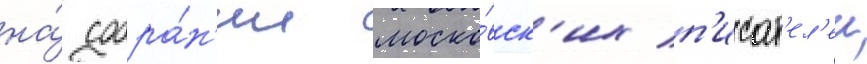
на́ собра́н'ии моско́вск'их п'исат'ел'еи